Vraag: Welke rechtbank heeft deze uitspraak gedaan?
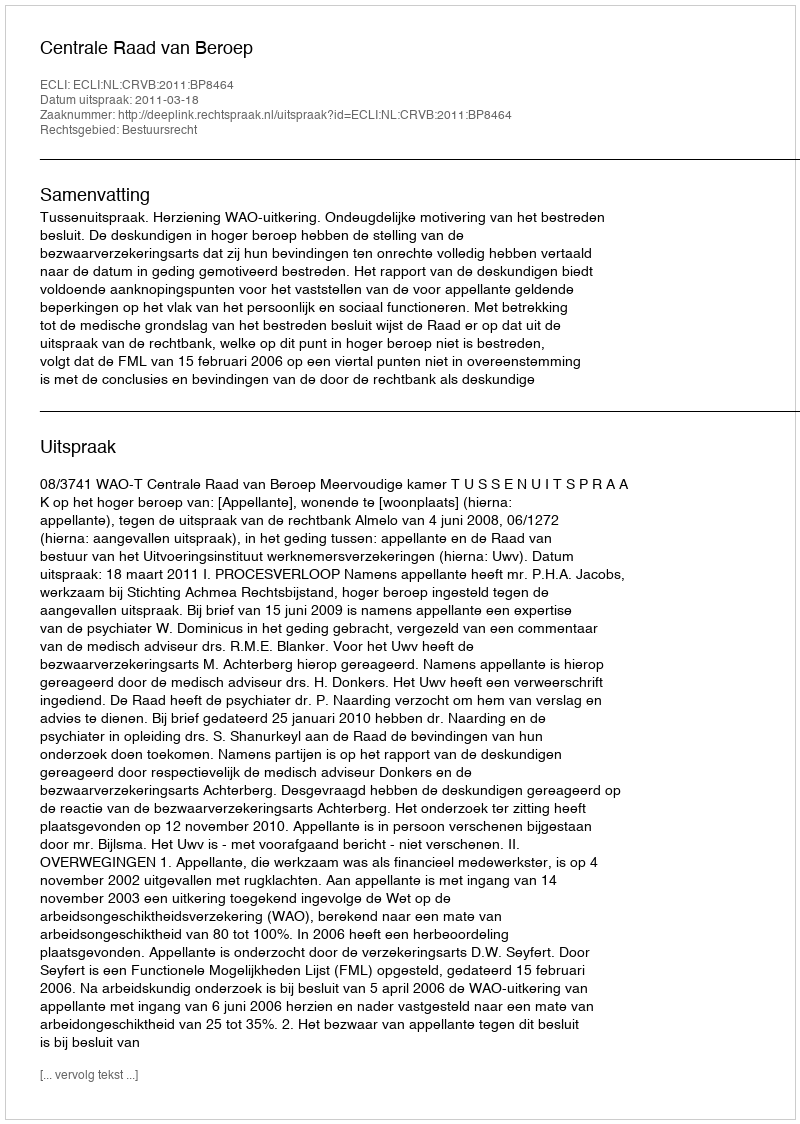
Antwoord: Centrale Raad van Beroep